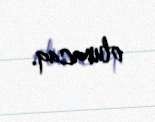
olunacaq.